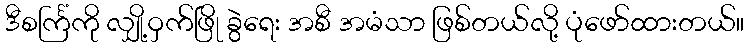
ဒီစင်္ကြံကို လျှို့ဝှက်ဖြို ခွဲရေး အစီ အမံသာ ဖြစ်တယ်လို့ ပုံဖော်ထားတယ်။